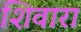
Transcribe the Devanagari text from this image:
शिवारा